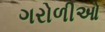
ગરોળીઓ